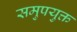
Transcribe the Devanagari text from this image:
समुपयुक्त